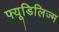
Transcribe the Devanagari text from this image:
फ्यूडिलिज्म